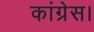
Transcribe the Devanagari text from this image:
कांग्रेस।